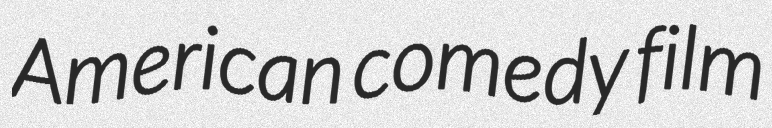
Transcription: American comedy film